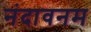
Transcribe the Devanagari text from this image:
नंदावनम